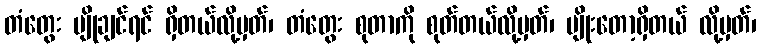
တံတွေး မျိုချင်ရင် ရှိတယ်လို့မှတ်၊ တံတွေး စုတာကို စုတ်တယ်လို့မှတ်၊ မျိုးတော့ရှိတယ် လို့မှတ်၊